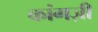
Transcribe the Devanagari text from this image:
कांगज़ी